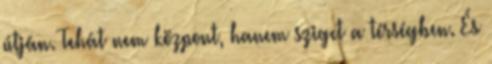
útján. Tehát nem központ, hanem sziget a térségben. És